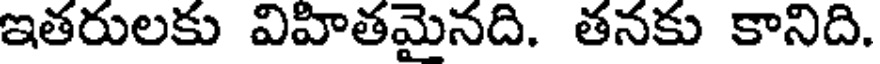
ఇతరులకు విహితమైనది. తనకు కానిది.